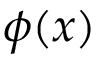
\phi ( x )